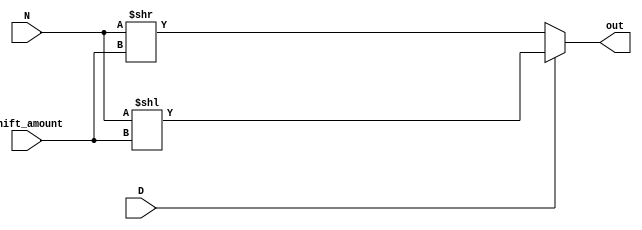
module shift_operator(
  input [7:0] N,
  input [4:0] shift_amount,
  input D,
  output reg [7:0] out);

    always @(*) begin
      if (D) begin
            out = N << shift_amount;
        end
        else begin
            out = N >> shift_amount;
        end
    end

endmodule